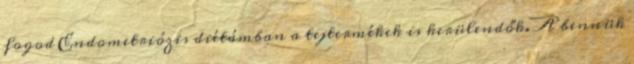
fogod Endometriózis diétámban a tejtermékek is kerülendők. A bennük